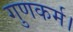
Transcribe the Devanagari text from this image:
गुणकर्म।